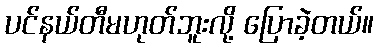
ပင်နယ်တီမဟုတ်ဘူးလို့ ပြောခဲ့တယ်။